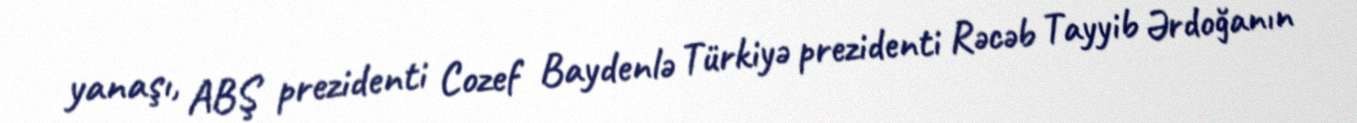
yanaşı, ABŞ prezidenti Cozef Baydenlə Türkiyə prezidenti Rəcəb Tayyib Ərdoğanın